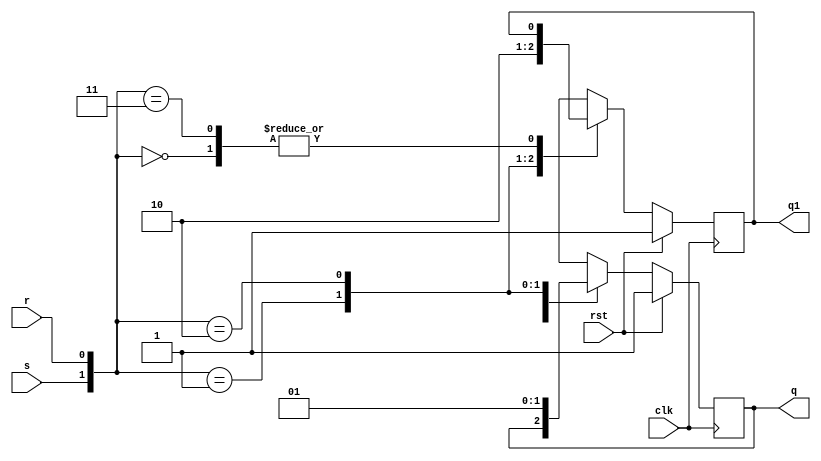
module srff(
    input clk,
    input rst,

	input r,
    input s,

	output reg q,
    output reg q1,
);

	always @(posedge clk)
        if(rst) begin
            q <= 1;
            q1 <= 1;
        end
        else begin
            case({s,r})
                {1'b0,1'b0}:
                begin
                    q=q;
                    q1=q1;
                end
		        {1'b0,1'b1}:
                begin
                    q=1'b0;
                    q1=1'b1;
                end
		        {1'b1,1'b0}:
                begin
                    q=1'b1;
                    q1=1'b0;
                end
		 
                {1'b1,1'b1}:
                begin
                    q=1'bx;
                    q=1'bx;
                end
	        endcase
	    end
endmodule